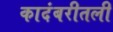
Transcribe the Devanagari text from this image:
कादंबरीतली